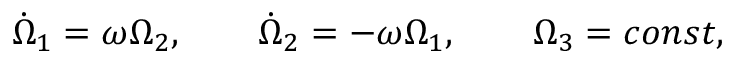
\begin{array} { r } { \dot { \Omega } _ { 1 } = \omega \Omega _ { 2 } , \qquad \dot { \Omega } _ { 2 } = - \omega \Omega _ { 1 } , \qquad \Omega _ { 3 } = c o n s t , } \end{array}